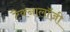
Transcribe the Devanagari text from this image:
टैक्नालॉजी